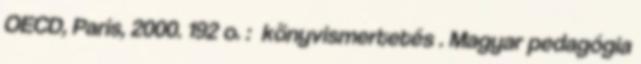
OECD, Paris, 2000. 192 o. : könyvismertetés . Magyar pedagógia